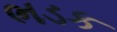
ભડક